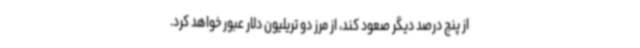
از پنج درصد دیگر صعود کند، از مرز دو تریلیون دلار عبور خواهد کرد.